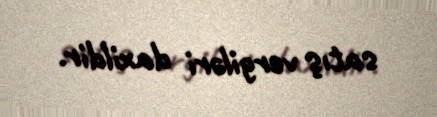
satış vergiləri daxildir.